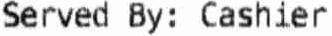
SERVED BY: CASHIER